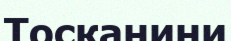
Тосканини